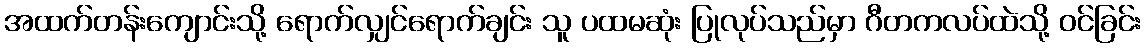
အထက်တန်းကျောင်းသို့ ရောက်လျှင်ရောက်ချင်း သူ ပထမဆုံး ပြုလုပ်သည်မှာ ဂီတကလပ်ထဲသို့ ဝင်ခြင်း